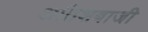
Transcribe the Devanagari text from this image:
अतिशबाजी